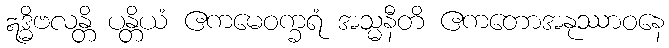
ဣဒ္ဓိဗလန္တိ ပန္တိယံ ဧကမေဝက္ခရံ အသ္မနီတိ ဧကတောအနုဿာဝနေ